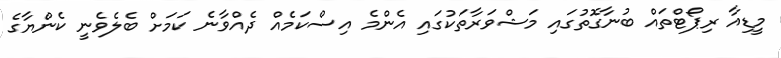
މީޑިއާ ރިޕޯޓްތައް ބުނާގޮތުގައި މަޝްވަރާތަކުގައި އެންމެ އިސްކަމެއް ދެއްވާނެ ކަަމަށް ބެލެވެނީ ކެންޔާގެ